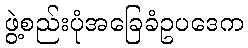
ဖွဲ့စည်းပုံအခြေခံဥပဒေက